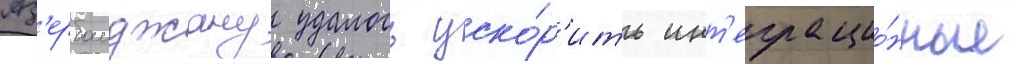
Аз'ербаиджану удалось уско́р'ить инт'еграцио́нные